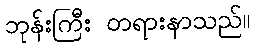
ဘုန်းကြီး တရားနာသည်။